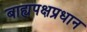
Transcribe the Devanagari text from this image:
बाह्यपक्षप्रधान